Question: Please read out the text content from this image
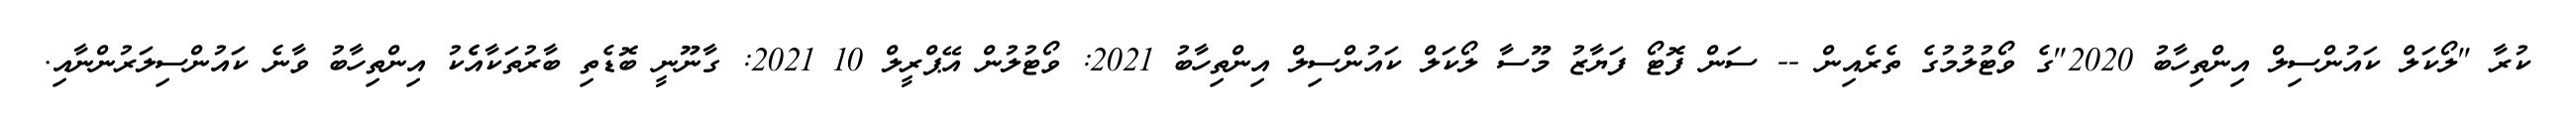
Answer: ކުރާ "ލޯކަލް ކައުންސިލް އިންތިހާބު 2020"ގެ ވޯޓުލުމުގެ ތެރެއިން -- ސަން ފޮޓޯ ފަޔާޒު މޫސާ ލޯކަލް ކައުންސިލް އިންތިހާބު 2021: ވޯޓުލުން އޭޕްރީލް 10 2021: ގާނޫނީ ބޮޑެތި ބާރުތަކާއެެކު އިންތިހާބު ވާނެ ކައުންސިލަރުންނާއި.